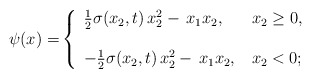
\begin{align*}\psi(x) =& \left\{\begin{array}{ll}\frac12 \sigma(x_2,t)\,x_2^2 - \,x_1 x_2, & \,x_2 \ge 0, \\ \\-\frac12 \sigma(x_2,t)\,x_2^2 - \,x_1 x_2, & \,x_2 < 0;\end{array}\right.\end{align*}